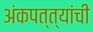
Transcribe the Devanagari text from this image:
अंकपत्त्यांची